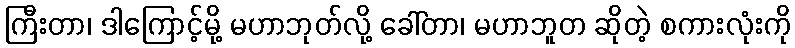
ကြီးတာ၊ ဒါကြောင့်မို့ မဟာဘုတ်လို့ ခေါ်တာ၊ မဟာဘူတ ဆိုတဲ့ စကားလုံးကို